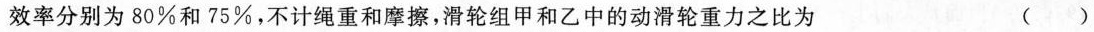
效率分别为80%和75%，不计绳重和摩擦，滑轮组甲和乙中的动滑轮重力之比为 ()